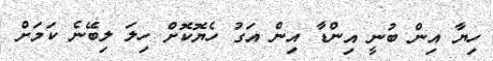
ހިޔާ އިން ބުނީ އިންޑާ އިން އަގު ހެޔޮކޮށް ހިލަ ލިބޭނެ ކަމަށް